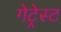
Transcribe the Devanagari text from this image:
गेट्रेस्ट